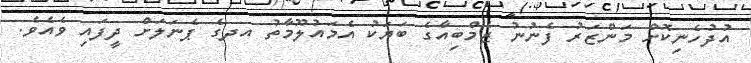
އުދުހެނިކޮށް މަންޒަރު ފެނުނު ޒެމްބިއާގެ ބަޔަކު އެމައުލޫމާތު އދގެ ޕެނަލަށް ދީފައި ވެއެވެ.